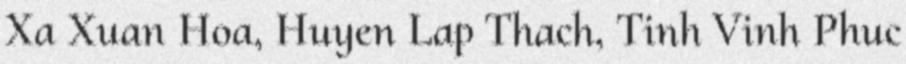
Xa Xuan Hoa, Huyen Lap Thach, Tinh Vinh Phuc